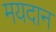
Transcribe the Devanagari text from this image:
मयदान